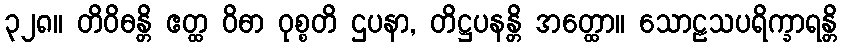
၃၂၈။ တိဝိဓန္တိ ဧတ္ထ ဝိဓာ ဝုစ္စတိ ဌပနာ, တိဋ္ဌပနန္တိ အတ္ထော။ သောဠသပရိက္ခာရန္တိ